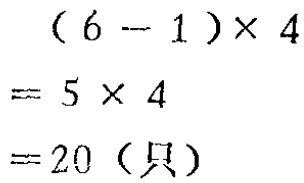
\((6 - 1)\times 4\)

\(= 5\times 4\)

\(= 20 (\text{只})\)